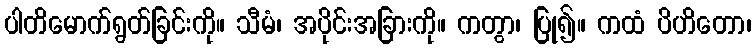
ပါတိမောက်ရွတ်ခြင်းကို။ သီမံ၊ အပိုင်းအခြားကို။ ကတွာ၊ ပြု၍။ ကထံ ပိဟိတော၊